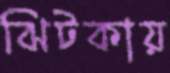
ঝিটকায়